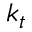
k _ { t }